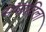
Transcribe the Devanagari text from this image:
संपादिला